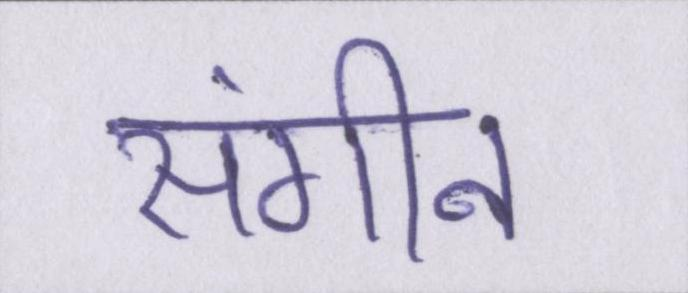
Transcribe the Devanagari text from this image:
संगीन